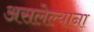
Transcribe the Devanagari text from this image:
असलेल्याना